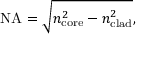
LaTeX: \mathrm { N A } = { \sqrt { n _ { \mathrm { c o r e } } ^ { 2 } - n _ { \mathrm { c l a d } } ^ { 2 } } } ,